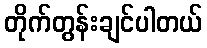
တိုက်တွန်းချင်ပါတယ်